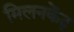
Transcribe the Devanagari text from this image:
मिलनकेंद्र